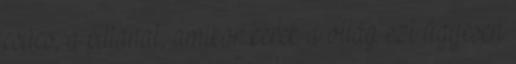
csúcs, a pillanat, amikor kerek a világ ezt ügyesen